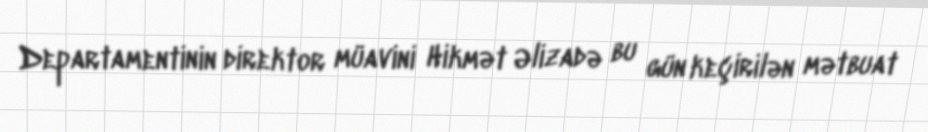
Departamentinin direktor müavini Hikmət Əlizadə bu gün keçirilən mətbuat